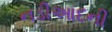
નડીઆદની